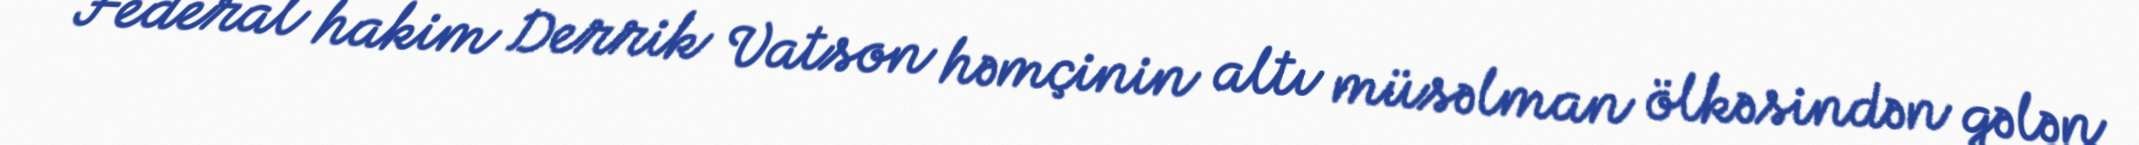
Federal hakim Derrik Vatson həmçinin altı müsəlman ölkəsindən gələn